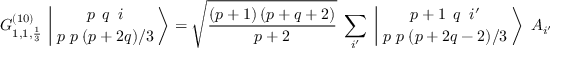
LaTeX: G _ { 1 , 1 , { \frac { 1 } { 3 } } } ^ { ( 1 0 ) } \, \left| \, { p \; \, q \; \; i \atop p \; p \; ( p + 2 q ) / 3 } \, \right\rangle = \sqrt { \frac { ( p + 1 ) \, ( p + q + 2 ) } { p + 2 } } \; \sum _ { i ^ { \prime } } \; \left| \, { p + 1 \; \, q \; \; i ^ { \prime } \atop p \; p \; ( p + 2 q - 2 ) / 3 } \, \right\rangle \; A _ { i ^ { \prime } \; , i } \; .